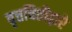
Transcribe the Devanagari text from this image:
वृत्तचितीद्वारे